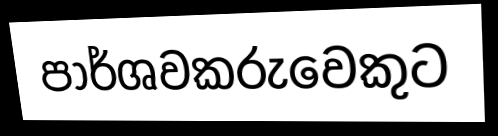
පාර්ශවකරුවෙකුට